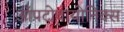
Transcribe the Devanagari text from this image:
ऑपटोवायोनिक्स